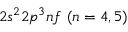
{ 2 s ^ { 2 } 2 p ^ { 3 } n f ~ ( n = 4 , 5 ) }